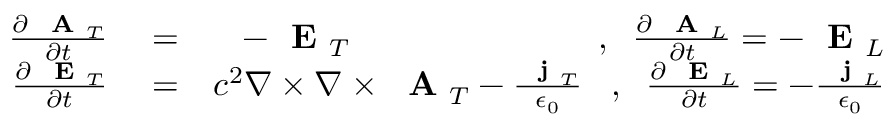
\begin{array} { r l r } { \frac { \partial \mathrm { ~ \bf ~ A ~ } _ { T } } { \partial t } } & { { } = } & { - \mathrm { ~ \bf ~ E ~ } _ { T } \; \; \; \; \; \; \; \; \; \; \; \; \; \; \; \; \; \; \; \; \; \; \; \; \; \; , \; \; \frac { \partial \mathrm { ~ \bf ~ A ~ } _ { L } } { \partial t } = - \mathrm { ~ \bf ~ E ~ } _ { L } } \\ { \frac { \partial \mathrm { ~ \bf ~ E ~ } _ { T } } { \partial t } } & { { } = } & { c ^ { 2 } \nabla \times \nabla \times \mathrm { ~ \bf ~ A ~ } _ { T } - \frac { \mathrm { ~ \bf ~ j ~ } _ { T } } { \epsilon _ { 0 } } \; \; \; , \; \; \frac { \partial \mathrm { ~ \bf ~ E ~ } _ { L } } { \partial t } = - \frac { \mathrm { ~ \bf ~ j ~ } _ { L } } { \epsilon _ { 0 } } } \end{array}